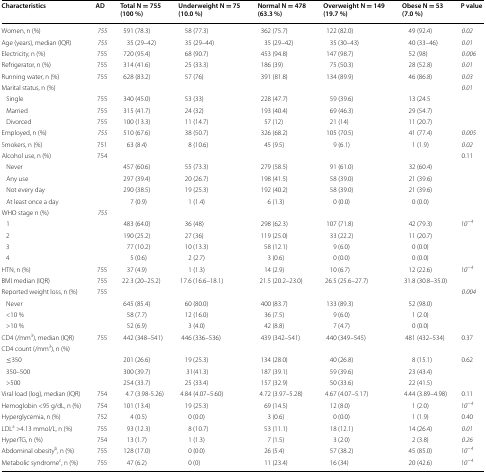
<table><thead><tr><td><b>Characteristics</b></td><td><b>AD</b></td><td><b>Total N = 755 (100 %)</b></td><td><b>Underweight N = 75 (10.0 %)</b></td><td><b>Normal N = 478 (63.3 %)</b></td><td><b>Overweight N = 149 (19.7 %)</b></td><td><b>Obese N = 53 (7.0 %)</b></td><td><b>P value</b></td></tr></thead><tbody><tr><td>Women, n (%)</td><td><i>755</i></td><td>591 (78.3)</td><td>58 (77.3)</td><td>362 (75.7)</td><td>122 (82.0)</td><td>49 (92.4)</td><td><i>0.02</i></td></tr><tr><td>Age (years), median (IQR)</td><td><i>755</i></td><td>35 (29–42)</td><td>35 (29–44)</td><td>35 (29–42)</td><td>35 (30–43)</td><td>40 (33–46)</td><td><i>0.01</i></td></tr><tr><td>Electricity, n (%)</td><td>755</td><td>720 (95.4)</td><td>68 (90.7)</td><td>453 (94.8)</td><td>147 (98.7)</td><td>52 (98)</td><td><i>0.006</i></td></tr><tr><td>Refrigerator, n (%)</td><td>755</td><td>314 (41.6)</td><td>25 (33.3)</td><td>186 (39)</td><td>75 (50.3)</td><td>28 (52.8)</td><td><i>0.01</i></td></tr><tr><td>Running water, n (%)</td><td>755</td><td>628 (83.2)</td><td>57 (76)</td><td>391 (81.8)</td><td>134 (89.9)</td><td>46 (86.8)</td><td><i>0.03</i></td></tr><tr><td>Marital status, n (%)</td><td></td><td></td><td></td><td></td><td></td><td></td><td><i>0.01</i></td></tr><tr><td> Single</td><td>755</td><td>340 (45.0)</td><td>53 (33)</td><td>228 (47.7)</td><td>59 (39.6)</td><td>13 (24.5</td><td></td></tr><tr><td> Married</td><td>755</td><td>315 (41.7)</td><td>24 (32)</td><td>193 (40.4)</td><td>69 (46.3)</td><td>29 (54.7)</td><td></td></tr><tr><td> Divorced</td><td>755</td><td>100 (13.3)</td><td>11 (14.7)</td><td>57 (12)</td><td>21 (14)</td><td>11 (20.7)</td><td></td></tr><tr><td>Employed, n (%)</td><td><i>755</i></td><td>510 (67.6)</td><td>38 (50.7)</td><td>326 (68.2)</td><td>105 (70.5)</td><td>41 (77.4)</td><td><i>0.005</i></td></tr><tr><td>Smokers, n (%)</td><td>751</td><td>63 (8.4)</td><td>8 (10.6)</td><td>45 (9.5)</td><td>9 (6.1)</td><td>1 (1.9)</td><td><i>0.02</i></td></tr><tr><td>Alcohol use, n (%)</td><td>754</td><td></td><td></td><td></td><td></td><td></td><td>0.11</td></tr><tr><td> Never</td><td></td><td>457 (60.6)</td><td>55 (73.3)</td><td>279 (58.5)</td><td>91 (61.0)</td><td>32 (60.4)</td><td></td></tr><tr><td> Any use</td><td></td><td>297 (39.4)</td><td>20 (26.7)</td><td>198 (41.5)</td><td>58 (39.0)</td><td>21 (39.6)</td><td></td></tr><tr><td> Not every day</td><td></td><td>290 (38.5)</td><td>19 (25.3)</td><td>192 (40.2)</td><td>58 (39.0)</td><td>21 (39.6)</td><td></td></tr><tr><td> At least once a day</td><td></td><td>7 (0.9)</td><td>1 (1.4)</td><td>6 (1.3)</td><td>0 (0.0)</td><td>0 (0.0)</td><td></td></tr><tr><td>WHO stage n (%)</td><td><i>755</i></td><td></td><td></td><td></td><td></td><td></td><td></td></tr><tr><td> 1</td><td></td><td>483 (64.0)</td><td>36 (48)</td><td>298 (62.3)</td><td>107 (71.8)</td><td>42 (79.3)</td><td><i>10</i><sup><i>−4</i></sup></td></tr><tr><td> 2</td><td></td><td>190 (25.2)</td><td>27 (36)</td><td>119 (25.0)</td><td>33 (22.2)</td><td>11 (20.7)</td><td></td></tr><tr><td> 3</td><td></td><td>77 (10.2)</td><td>10 (13.3)</td><td>58 (12.1)</td><td>9 (6.0)</td><td>0 (0.0)</td><td></td></tr><tr><td> 4</td><td></td><td>5 (0.6)</td><td>2 (2.7)</td><td>3 (0.6)</td><td>0 (0.0)</td><td>0 (0.0)</td><td></td></tr><tr><td>HTN, n (%)</td><td>755</td><td>37 (4.9)</td><td>1 (1.3)</td><td>14 (2.9)</td><td>10 (6.7)</td><td>12 (22.6)</td><td><i>10</i><sup><i>−4</i></sup></td></tr><tr><td>BMI median (IQR)</td><td>755</td><td>22.3 (20–25.2)</td><td>17.6 (16.6–18.1)</td><td>21.5 (20.2–23.0)</td><td>26.5 (25.6–27.7)</td><td>31.8 (30.8–35.0)</td><td></td></tr><tr><td>Reported weight loss, n (%)</td><td>755</td><td></td><td></td><td></td><td></td><td></td><td><i>0.004</i></td></tr><tr><td> Never</td><td></td><td>645 (85.4)</td><td>60 (80.0)</td><td>400 (83.7)</td><td>133 (89.3)</td><td>52 (98.0)</td><td></td></tr><tr><td> &lt;10 %</td><td></td><td>58 (7.7)</td><td>12 (16.0)</td><td>36 (7.5)</td><td>9 (6.0)</td><td>1 (2.0)</td><td></td></tr><tr><td> &gt;10 %</td><td></td><td>52 (6.9)</td><td>3 (4.0)</td><td>42 (8.8)</td><td>7 (4.7)</td><td>0 (0.0)</td><td></td></tr><tr><td>CD4 (/mm<sup>3</sup>), median (IQR)</td><td>755</td><td>442 (348–541)</td><td>446 (336–536)</td><td>439 (342–541)</td><td>440 (349–545)</td><td>481 (432–534)</td><td>0.37</td></tr><tr><td>CD4 count (/mm<sup>3</sup>), n (%)</td><td></td><td></td><td></td><td></td><td></td><td></td><td></td></tr><tr><td> ≤350</td><td></td><td>201 (26.6)</td><td>19 (25.3)</td><td>134 (28.0)</td><td>40 (26.8)</td><td>8 (15.1)</td><td>0.62</td></tr><tr><td> 350–500</td><td></td><td>300 (39.7)</td><td>31(41.3)</td><td>187 (39.1)</td><td>59 (39.6)</td><td>23 (43.4)</td><td></td></tr><tr><td> &gt;500</td><td></td><td>254 (33.7)</td><td>25 (33.4)</td><td>157 (32.9)</td><td>50 (33.6)</td><td>22 (41.5)</td><td></td></tr><tr><td>Viral load (log), median (IQR)</td><td>754</td><td>4.7 (3.98-5.26)</td><td>4.84 (4.07–5.60)</td><td>4.72 (3.97–5.28)</td><td>4.67 (4.07–5.17)</td><td>4.44 (3.89–4.98)</td><td>0.11</td></tr><tr><td>Hemoglobin &lt;95 g/dL, n (%)</td><td>754</td><td>101 (13.4)</td><td>19 (25.3)</td><td>69 (14.5)</td><td>12 (8.0)</td><td>1 (2.0)</td><td><i>10</i><sup><i>−4</i></sup></td></tr><tr><td>Hyperglycemia, n (%)</td><td>752</td><td>4 (0.5)</td><td>0 (0.0)</td><td>3 (0.6)</td><td>0 (0.0)</td><td>1 (1.9)</td><td>0.40</td></tr><tr><td>LDL<sup>a</sup> &gt;4.13 mmol/L, n (%) </td><td>755</td><td>93 (12.3)</td><td>8 (10.7)</td><td>53 (11.1)</td><td>18 (12.1)</td><td>14 (26.4)</td><td><i>0.01</i></td></tr><tr><td>HyperTG, n (%)</td><td>754</td><td>13 (1.7)</td><td>1 (1.3)</td><td>7 (1.5)</td><td>3 (2.0)</td><td>2 (3.8)</td><td><i>0.26</i></td></tr><tr><td>Abdominal obesity<sup>b</sup>, n (%)</td><td>755</td><td>128 (17.0)</td><td>0 (0.0)</td><td>26 (5.4)</td><td>57 (38.2)</td><td>45 (85.0)</td><td><i>10</i><sup><i>−4</i></sup></td></tr><tr><td>Metabolic syndrome<sup>c</sup>, n (%)</td><td>755</td><td>47 (6.2)</td><td>0 (0)</td><td>11 (23.4)</td><td>16 (34)</td><td>20 (42.6) </td><td><i>10</i><sup><i>−4</i></sup></td></tr></tbody></table>